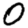
Digit: 0